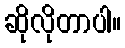
ဆိုလိုတာပါ။